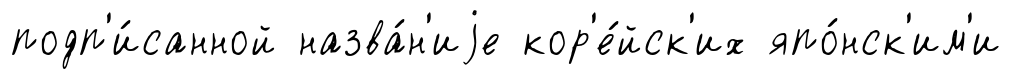
подп'и́санной назва́н'иjе кор'е́йск'их япо́нск'им'и